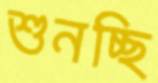
শুনচ্ছি